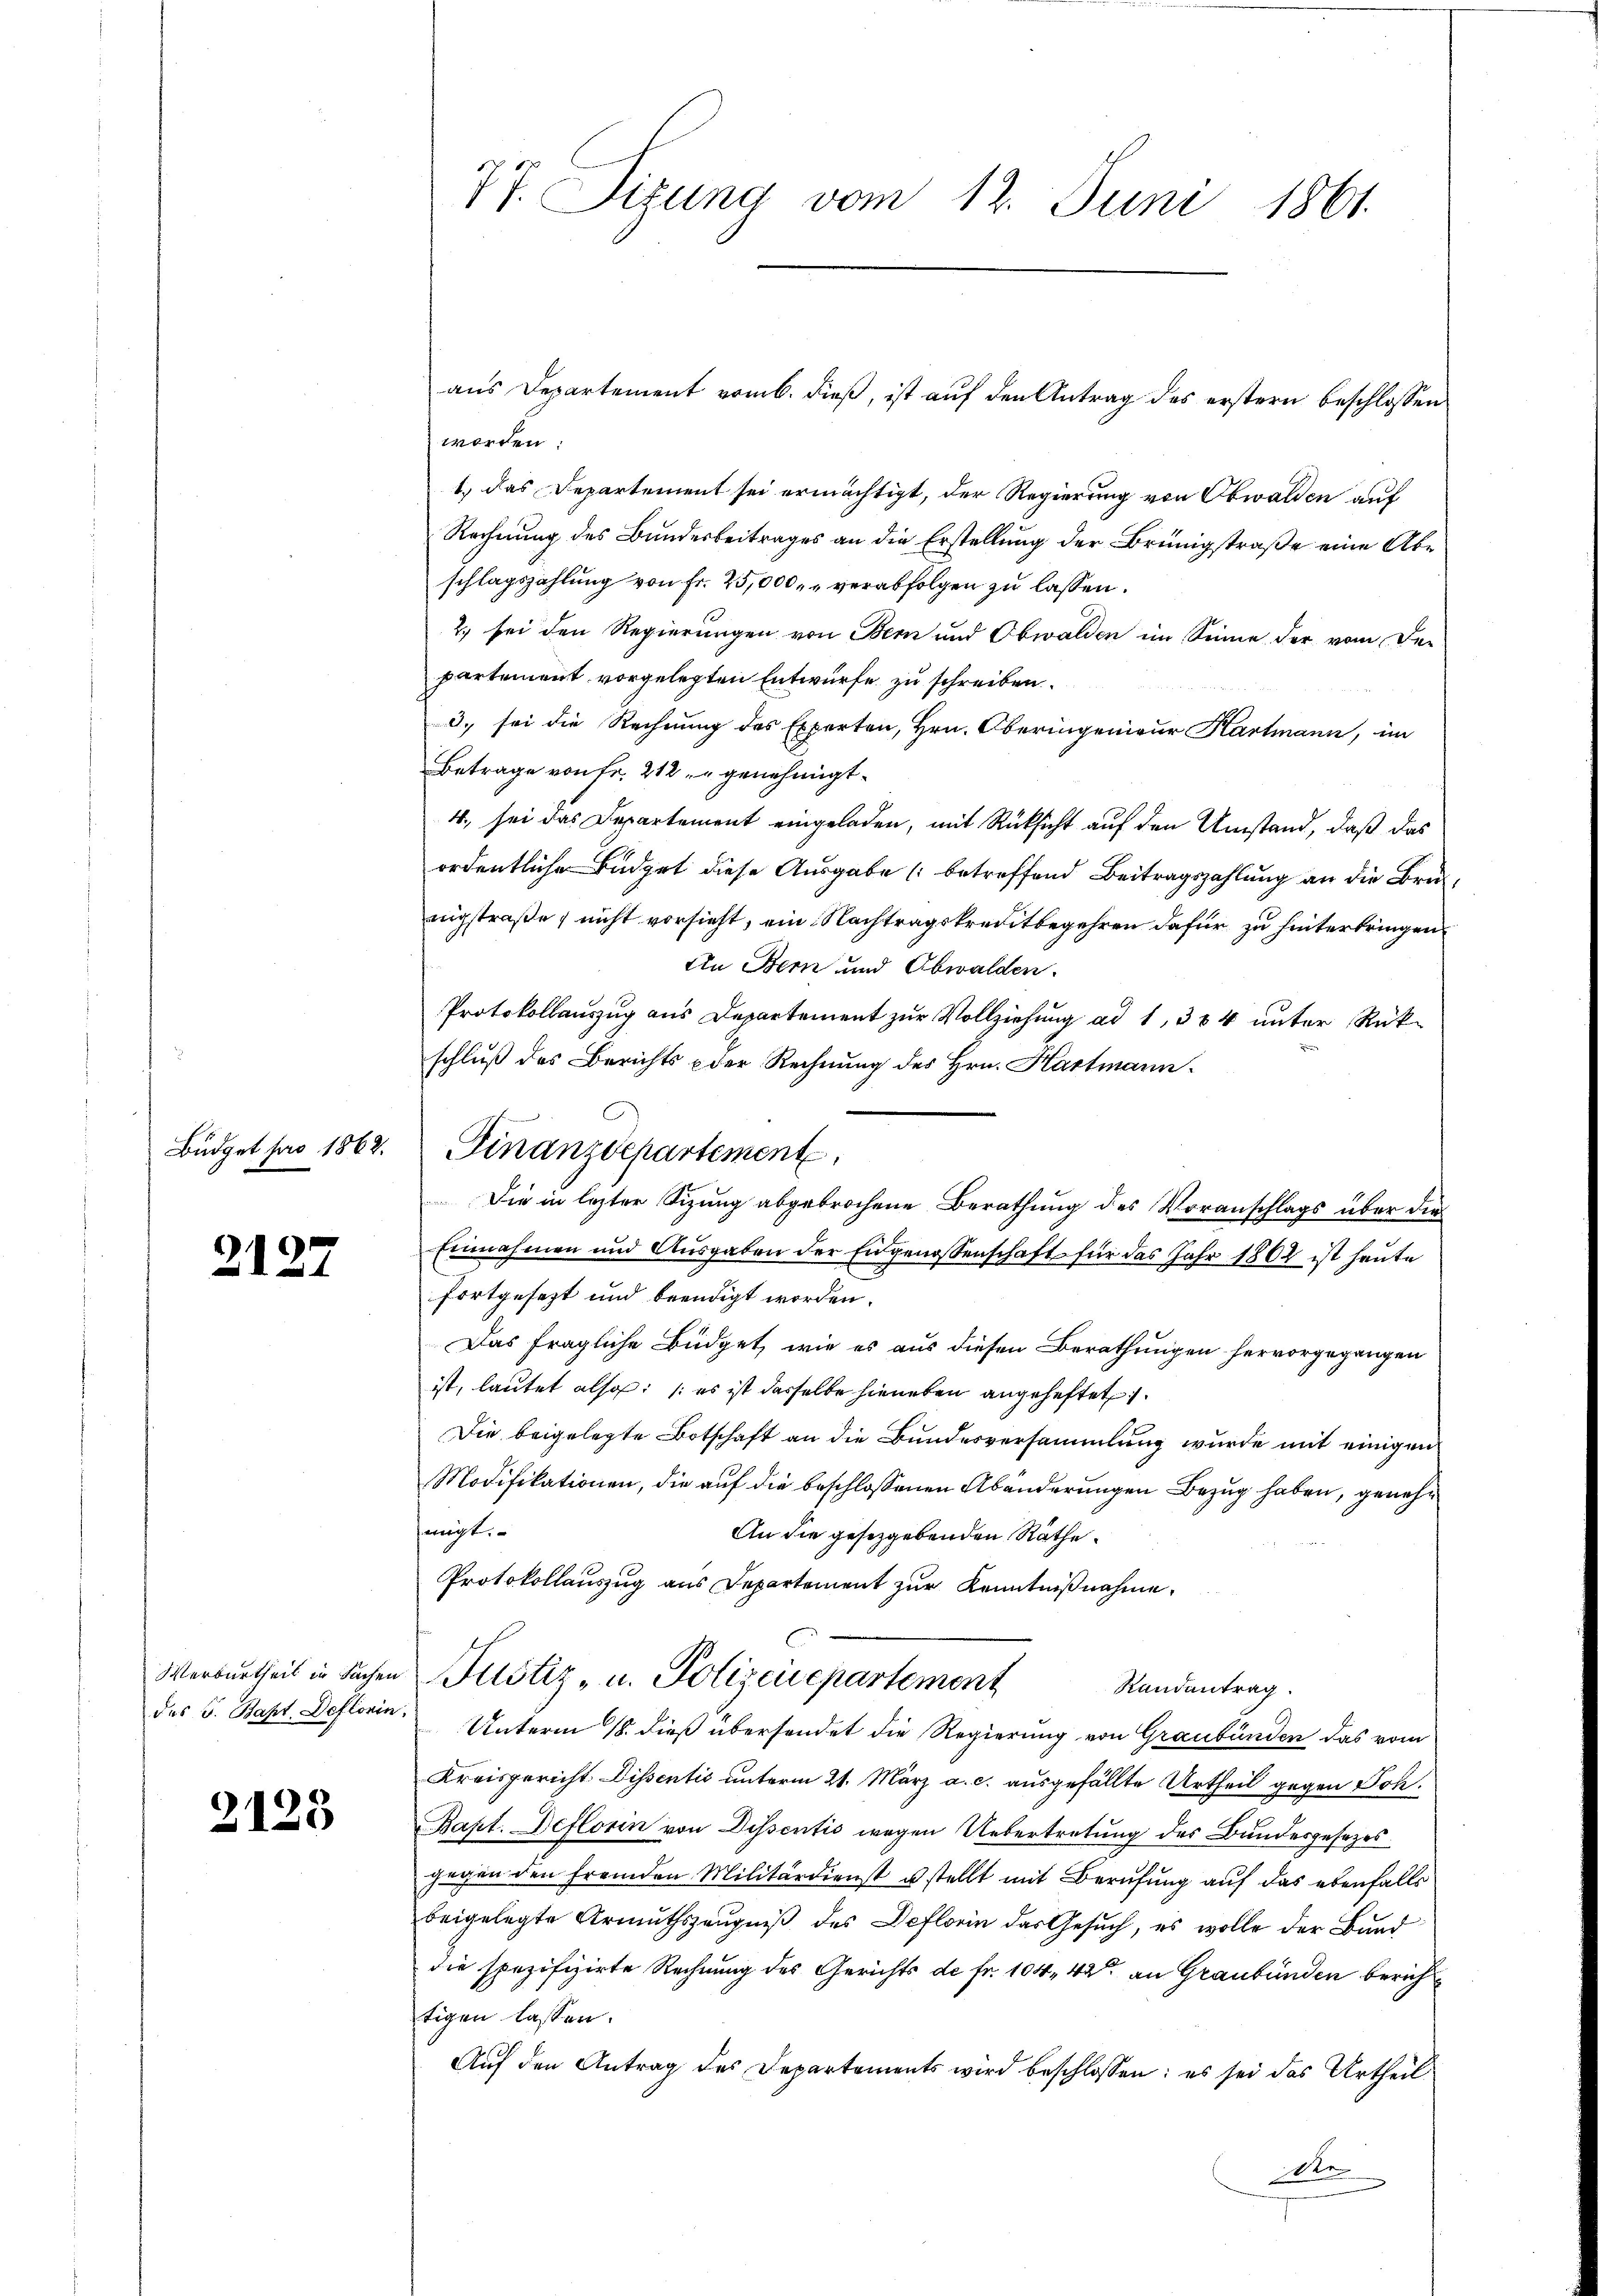
Büdget pro 1862.

2127

2128

Werburtheil in Sachen
des J. Bapt. Deflorin

77. Sizung vom 12. Juni 1861.

schluß des Berichts der Rechnung des Hrn. Hartmann
Finanzdepartement

worden:
1.) Das Departement sei ermächtigt, der Regierung von Obwalden auf
Rechnung des Bundesbeitrages an die Erstellung der Brüngstraße eine Abschlagszahlung von Fr. 25,000, verabfolgen zu lassen.
2.) sei den Regierungen von Bern und Obwalden im Sinne der vom Der
partement vorgelegten Entwurfe zu schreiben.
3. sei die Rechnung des Experten, Hrn. Oberingenieur Kartmann, im
Betrage von Fr. 212 " genehmigt.
4., sei das Departement eingeladen, mit Rücksicht auf den Umstand, daß das
ordentliche Büdget diese Ausgabe (betreffend Beitragszahlung an die Bruzigstraße nicht vorsieht, ein Nachtragskreitbegehren dafür zu hinterbringen,
In Bern und Obwalden.
Protokollauszug aus Departement zur Vollziehung ad 1, 384 unter Rük¬
Die in lezter Sitzung abgebrochene Berathung des Voranschlags über die
Einnahmen und Ausgaben der Engenossenschaft für das Jahr 1862 ist heute
fortgesezt und beendigt worden.
Das fragliche Büdget, wie es aus diesen Berathungen hervorgegangen
ist, lautet also: (es ist dasselbe hieneben angeheftet.
Die beigelegte Botschaft an die Bundesversammlung wurde mit einigen
Modifikationen, die auf die beschlossenen Abänderungen Bezug haben, genehfängten
An die gesetzgebenden Räthe.
Protokollauszug aus Departement zur Kenntnißnahme.
Justiz- u. Polizeidepartement Randantrag.
Unterm 18. dieß übersendet die Regierung von Graubünden das vom
Kreisgericht Dissentis unterm 21. März a. c. ausgefällte Urtheil gegen Joh.
Bapt. Beflorin von Dissentis wegen Uebertretung des Bundesgesezesgegen den fremden Militärdienst u stellt mit Berufung auf das ebenfalls
beigelegte Armuthszeŭgniβ des Deflorin das Gesŭch, es wolle der Bund
die spezifizirte Rechnung des Gerichts de fr. 104, 42 an Graubünden bericht
tigen lassen.
Auf den Antrag des Departements wird beschlossen: es sei das Urtheil
der

aus Departement vomb. dieß, ist auf den Antrag des erstern beschlossen